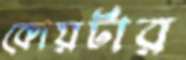
কোয়র্টার